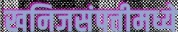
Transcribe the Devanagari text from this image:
खनिजसंपत्तीमध्ये